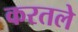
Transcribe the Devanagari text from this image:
करतले